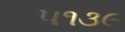
૫૧૩૯